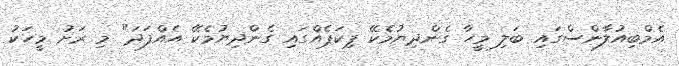
އެމްބިއުލާންސްގައި ބަލި މީހާ ގެންދިޔުމެކޭ ޕިކަޕެއްގައި ގެންދިޔުމެކޭ އެއްފަދަ" މި ރަށު މީހަކު